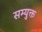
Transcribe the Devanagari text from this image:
सम्युक्त